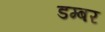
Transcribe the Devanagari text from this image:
डम्‍बर